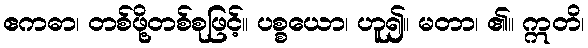
ဧကဓာ၊ တစ်ဖို့တစ်စုဖြင့်။ ပစ္စယော၊ ဟူ၍။ မတာ၊ ၏။ ဣတိ၊